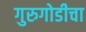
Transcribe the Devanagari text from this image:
गुरुगोडीचा